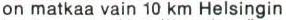
on matkaa vain 10 km Helsingin